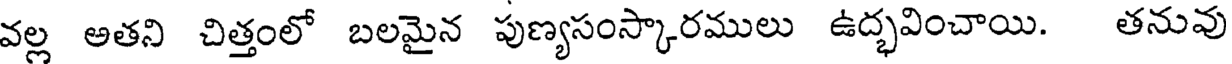
వల్ల అతని చిత్తంలో బలమైన పుణ్యసంస్కారములు ఉద్భవించాయి. తనువు